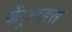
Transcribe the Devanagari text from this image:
फें्रण्ड्स